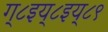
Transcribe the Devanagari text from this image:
ग्८इय्८इय्८९